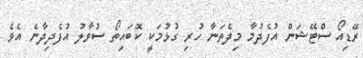
ރޭޑިއޯ ސްޓޭޝަން އުފެދުމާ މިދެތަނާ ހުރި ގުޅުމަކީ ކޮބައިތޯ ސުވާލު އުފެދިދާނެ އެވެ